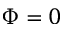
\Phi = 0